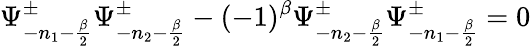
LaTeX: \Psi_{-n_{1}-{\frac{\beta}{2}}}^{\pm}\Psi_{-n_{2}-{\frac{\beta}{2}}}^{\pm}-(-1)^{\beta}\Psi_{-n_{2}-{\frac{\beta}{2}}}^{\pm}\Psi_{-n_{1}-{\frac{\beta}{2}}}^{\pm}=0